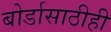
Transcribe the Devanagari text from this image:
बोर्डासाठीही